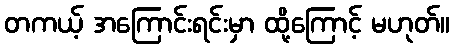
တကယ့် အကြောင်းရင်းမှာ ထို့ကြောင့် မဟုတ်။